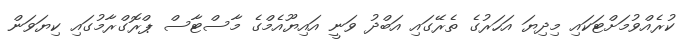
ކުރެއްވުމަށްޓަކައި މިދިޔަ އަހަރުގެ ތެރޭގައި އަބްދު ވަނީ އައިޔޫއެމްގެ މާސްޓާސް ޕްރޮގްރާމުގައި ކިޔަވަން